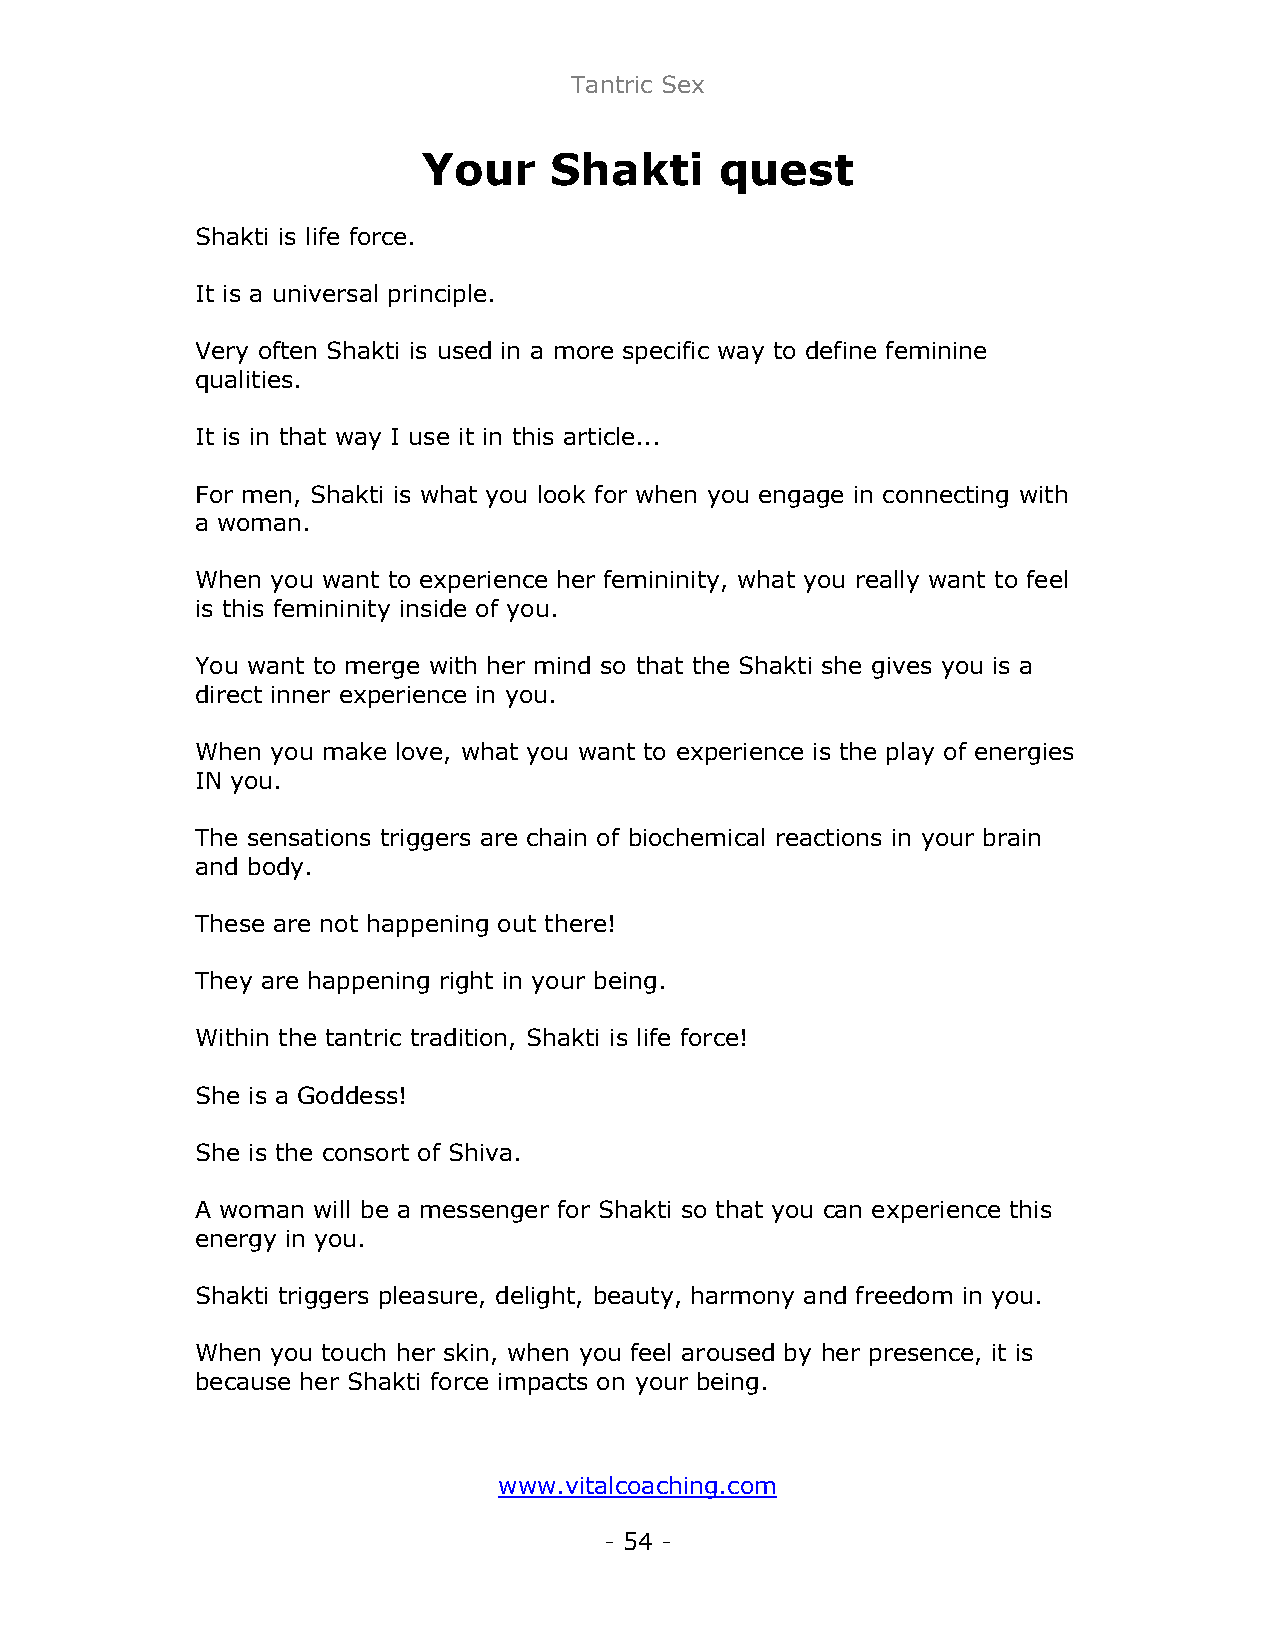
Tantric Sex
 Your    Shakti      quest
 Shakti is life force.
 It is a universal principle.
 Very often Shakti is used in a more specific way to define feminine
 qualities.
 It is in that way I use it in this article...
 For men, Shakti is what you look for when you engage in connecting with
 a woman.
 When you want to experience her femininity, what you really want to feel
 is this femininity inside of you.
 You want to merge with her mind so that the Shakti she gives you is a
 direct inner experience in you.
 When you make love, what you want to experience is the play of energies
 IN you.
 The sensations triggers are chain of biochemical reactions in your brain
 and body.
 These are not happening out there!
 They are happening right in your being.
 Within the tantric tradition, Shakti is life force!
 She is a Goddess!
 She is the consort of Shiva.
 A woman will be a messenger for Shakti so that you can experience this
 energy in you.
 Shakti triggers pleasure, delight, beauty, harmony and freedom in you.
 When you touch her skin, when you feel aroused by her presence, it is
 because her Shakti force impacts on your being.
 www.vitalcoaching.com
 - 54 -